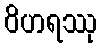
ဝိဟရဿု